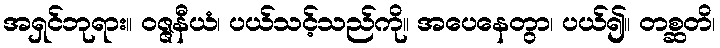
အရှင်ဘုရား။ ဝဇ္ဇနီယံ၊ ပယ်သင့်သည်ကို။ အပေနေတွာ၊ ပယ်၍။ တစ္ဆတိ၊